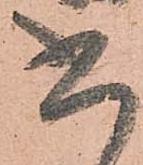
書